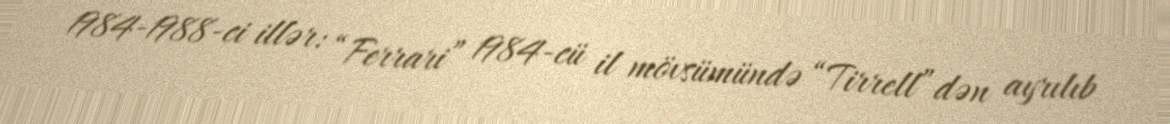
1984-1988-ci illər: “Ferrari” 1984-cü il mövsümündə “Tirrell”dən ayrılıb